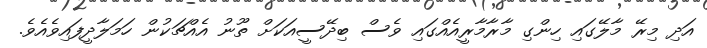
އަދި މިރޭ މާލޭގައި ހިންގި މާރާމާރީއެއްގައި ވެސް ބިދޭސީއަކަށް ތޫނު އެއްޗަކުން ހަމަލާދީފައިވެއެވެ.